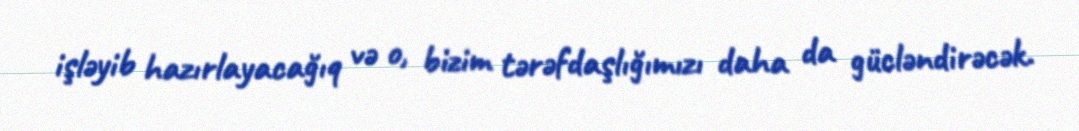
işləyib hazırlayacağıq və o, bizim tərəfdaşlığımızı daha da gücləndirəcək.